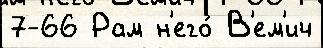
7-66 Рам н'его́ В'ем'ич